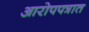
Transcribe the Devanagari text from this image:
आरोपपत्रात